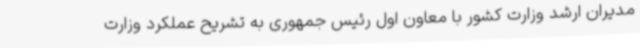
مدیران ارشد وزارت کشور با معاون اول رئیس جمهوری به تشریح عملکرد وزارت